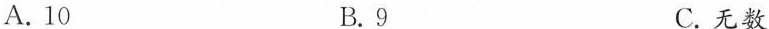
A.10 B.9 C.无数